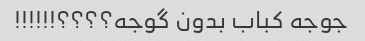
جوجه کباب بدون گوجه؟؟؟؟!!!!!!